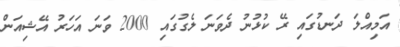
އަމިއްލަ ދަނޑުގައި ރޭ ކުޅުނު ދެވަނަ ލެގުގައި 2000 ވަނަ އަހަރު އޭޝިއަން